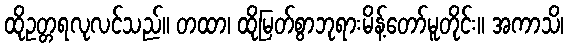
ထိုဥတ္တရလုလင်သည်။ တထာ၊ ထိုမြတ်စွာဘုရားမိန့်တော်မူတိုင်း။ အကာသိ၊